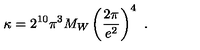
\kappa = 2 ^ { 1 0 } \pi ^ { 3 } M _ { W } \left( \frac { 2 \pi } { e ^ { 2 } } \right) ^ { 4 } \ .